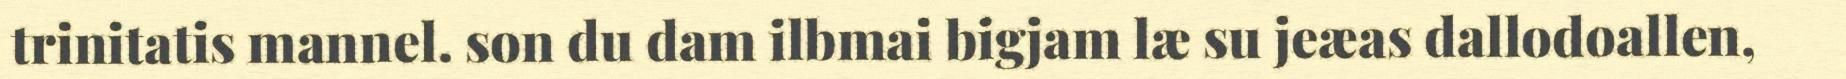
trinitatis mannel. son du dam ilbmai bigjam læ su jeæas dallodoallen,